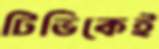
টিভিকেই